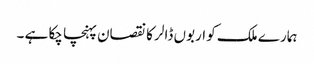
ہمارے ملک کو اربوں ڈالر کا نقصان پہنچا چکا ہے ۔